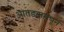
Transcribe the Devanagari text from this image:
आतड्यामधून